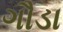
ગૌડા